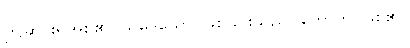
ဤဆင်းရဲအစု၏။ သမုဒယော၊ ဖြစ်ခြင်းသည်။ ဟောတိ၊ ဖြစ်၏။